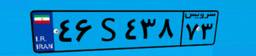
۵۱S۵۱۲۱۶